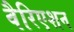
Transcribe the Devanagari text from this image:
वैरिएशन